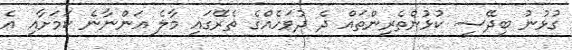
ގުޅުނު ބިދޭސީ ކުޅުންތެރިންތައް ދެ ދުވަހެއްގެ ތެރޭގައި މާލެ އަންނާނެ ކަަމަށާއި އެ